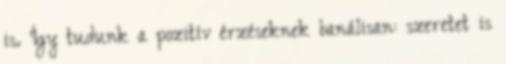
is. Így tudunk a pozitív érzéseknek banálisan: szeretet is